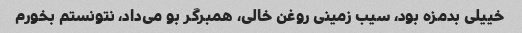
خییلی بدمزه بود، سیب زمینی روغن خالی، همبرگر بو می‌داد، نتونستم بخورم